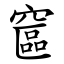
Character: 䆰